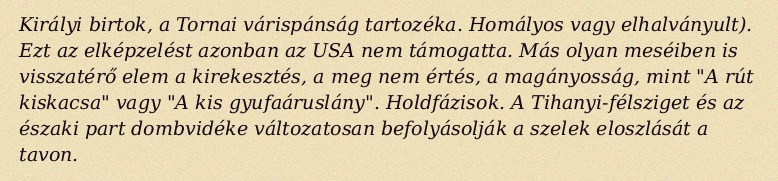
Királyi birtok, a Tornai várispánság tartozéka. Homályos vagy elhalványult). Ezt az elképzelést azonban az USA nem támogatta. Más olyan meséiben is visszatérő elem a kirekesztés, a meg nem értés, a magányosság, mint "A rút kiskacsa" vagy "A kis gyufaáruslány". Holdfázisok. A Tihanyi-félsziget és az északi part dombvidéke változatosan befolyásolják a szelek eloszlását a tavon.